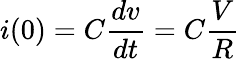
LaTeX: i(0)=C\frac{dv}{dt}=C\frac{V}{R}